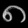
Digit: ၈